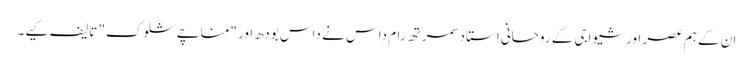
ان کے ہم عصر اور شیواجی کے روحانی استاد سمرتھ رام داس نے داس بودھ اور "مناچے شلوک" تالیف کیے۔